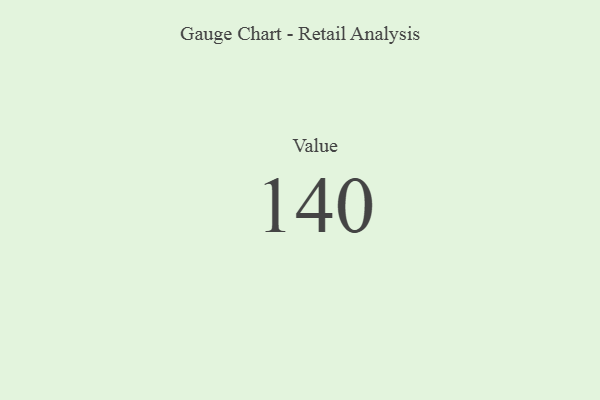
{"axis": {"x": "Metric", "y": "Value"}, "legend": [""], "data": [{"x": "Value", "y": 140, "type": ""}]}